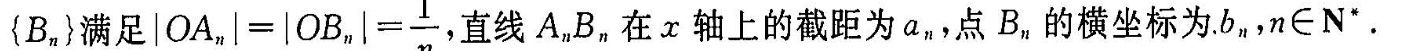
(B„}满足|OA_{n]|=|OB_{n}|=\frac{1}{n},直线A.B„在x轴上的截距为a。，点B。的横坐标为b，nN”。